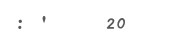
: '    20